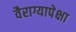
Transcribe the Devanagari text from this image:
वैराग्यापेक्षा